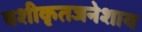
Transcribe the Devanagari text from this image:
वशीकृतजनेशाय